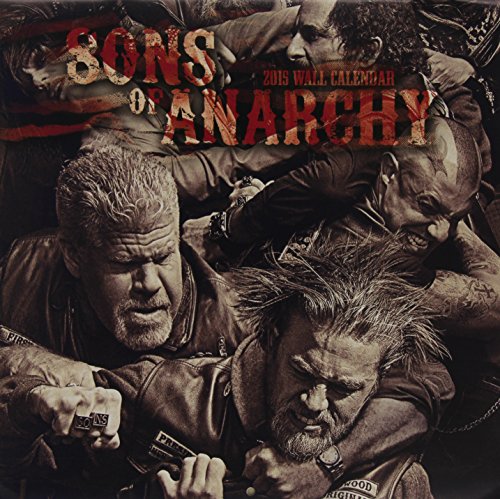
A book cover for Sons of Anarchy Wall Calendar; Calendars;